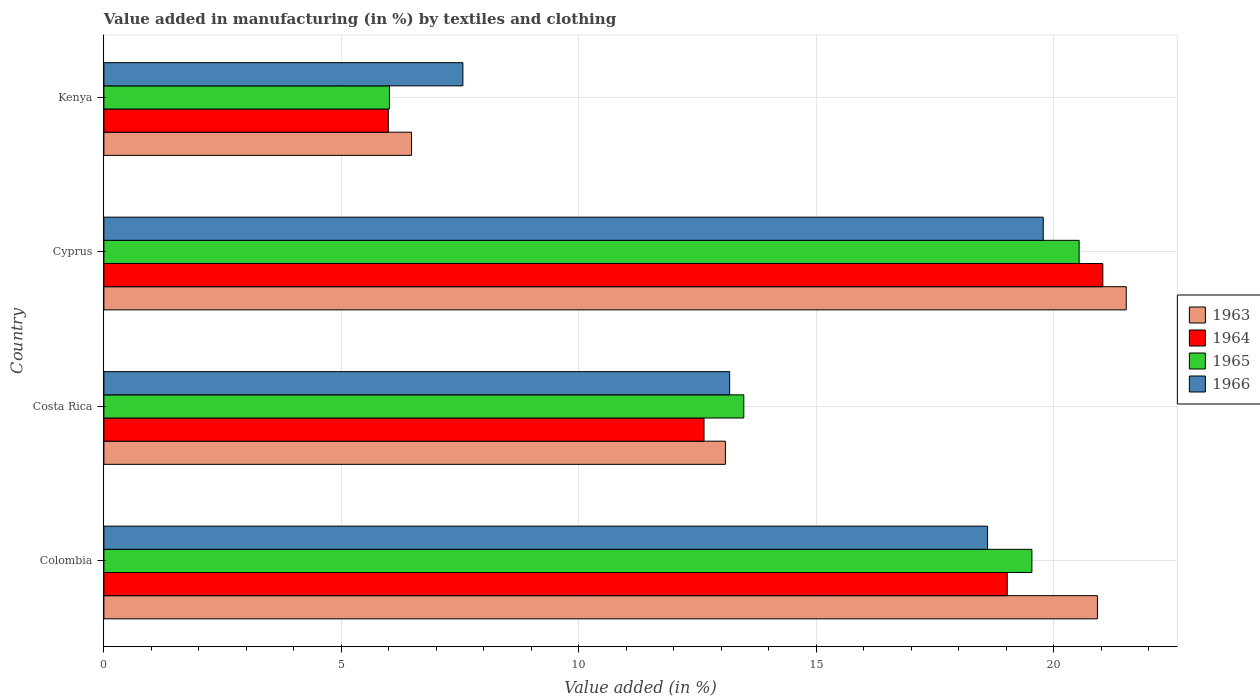
| Country | 1963 | 1964 | 1965 | 1966 |
 | --- | --- | --- | --- | --- |
 | Colombia | 20.9 | 19 | 19.5 | 18.6 |
 | Costa Rica | 13.1 | 12.6 | 13.5 | 13.2 |
 | Cyprus | 21.5 | 21 | 20.5 | 19.8 |
 | Kenya | 6.48 | 5.99 | 6.01 | 7.56 |